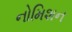
નોમિશન